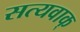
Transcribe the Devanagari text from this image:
सत्यवाक्‌